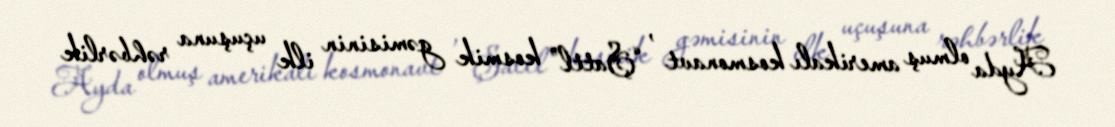
Ayda olmuş amerikalı kosmonavt , “Şattl” kosmik gəmisinin ilk uçuşuna rəhbərlik